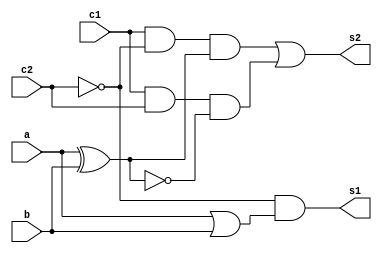
// ------------------------------
// Exemplo0034 LU
// Nome: Isabel Bicalho Amaro
// ------------------------------


// ------------------------------
// LU
// ------------------------------

   module LU(output s1,output s2, input a, input b, input c1, input c2);

// ------------------------------ dados locais

	wire a1,a2,a3,a4,a5,a6,a7,a8,a9,a10,a11,a12,nc1,nc2;
	
	or or1(a1,a,b);
	nor nor1(a2,a,b);
	xor xor1(a3,a,b);
	xnor xnor1(a4,a,b);
	not not1(nc1,c2);
	not not2(nc2,c2);
	and and1(a5,nc1,nc2);
	and and2(a6,nc1,c2);
	and and3(a7,c1,nc2);
	and and4(a8,c1,c2);
	and and5(a9,a5,a1);
	and and6(a10,a6,a2);
	and and7(a11,a7,a3);
	and and8(a12,a8,a4);
	or or2(s1,a9,a10);
	or or3(s2,a11,a12);
	
	endmodule // LU
	
// ------------------------------
// LU4
// ------------------------------

   module LU4(output[3:0]s1,output[3:0]s2, input[3:0]a, input[3:0]b, input c1, input c2);
	
	LU gate1 (s1[0],s2[0],a[0],b[0],c1,c2);
	LU gate2 (s1[1],s2[1],a[1],b[1],c1,c2);
	LU gate3 (s1[2],s2[2],a[2],b[2],c1,c2);
	LU gate4 (s1[3],s2[3],a[3],b[3],c1,c2);
	
	endmodule // LU4
	
   module teste;
	
   reg [3:0]a;
	reg [3:0]b;
	reg c1;
	reg c2;
	wire [3:0]s1;
	wire [3:0]s2;
	
	LU4 circuito1(s1,s2,a,b,c1,c2);
	
	//endmodule
	

initial begin:start

 

// ------------------------------ parte principal


	
      $display("Exemplo0034 - Isabel Bicalho Amaro - 451580\n");
		$display("Test LU's module\n");
		
		#1 a = 4'b1010;     b = 4'b0011;    c1 = 0; c2 = 0;
		#1
   // projetar testes do modulo
      $monitor("a = %3b b = %3b chave1 = %3b chave2 = %3b s1 = %3b s2 = %3b",a,b,c1,c2,s1,s2);
   
	#1 c1 = 0; c2 = 1;
	#1 c1 = 1; c2 = 0;
	#1 c1 = 1; c2 = 1;
	end
	
endmodule // LU4

/*
    Exemplo0034 - Isabel Bicalho Amaro - 451580
    
    Test LU's module
    
    a = 1010 b = 0011 chave1 =   0 chave2 =   0 s1 = 1011 s2 = 0000
    a = 1010 b = 0011 chave1 =   0 chave2 =   1 s1 = 0000 s2 = 0000
    a = 1010 b = 0011 chave1 =   1 chave2 =   0 s1 = 1011 s2 = 1001
    a = 1010 b = 0011 chave1 =   1 chave2 =   1 s1 = 0000 s2 = 0110
    
*/